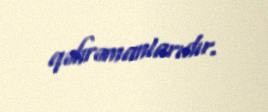
qəhrəmanlarıdır.